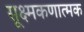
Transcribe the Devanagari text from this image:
सूक्ष्मकणात्मक